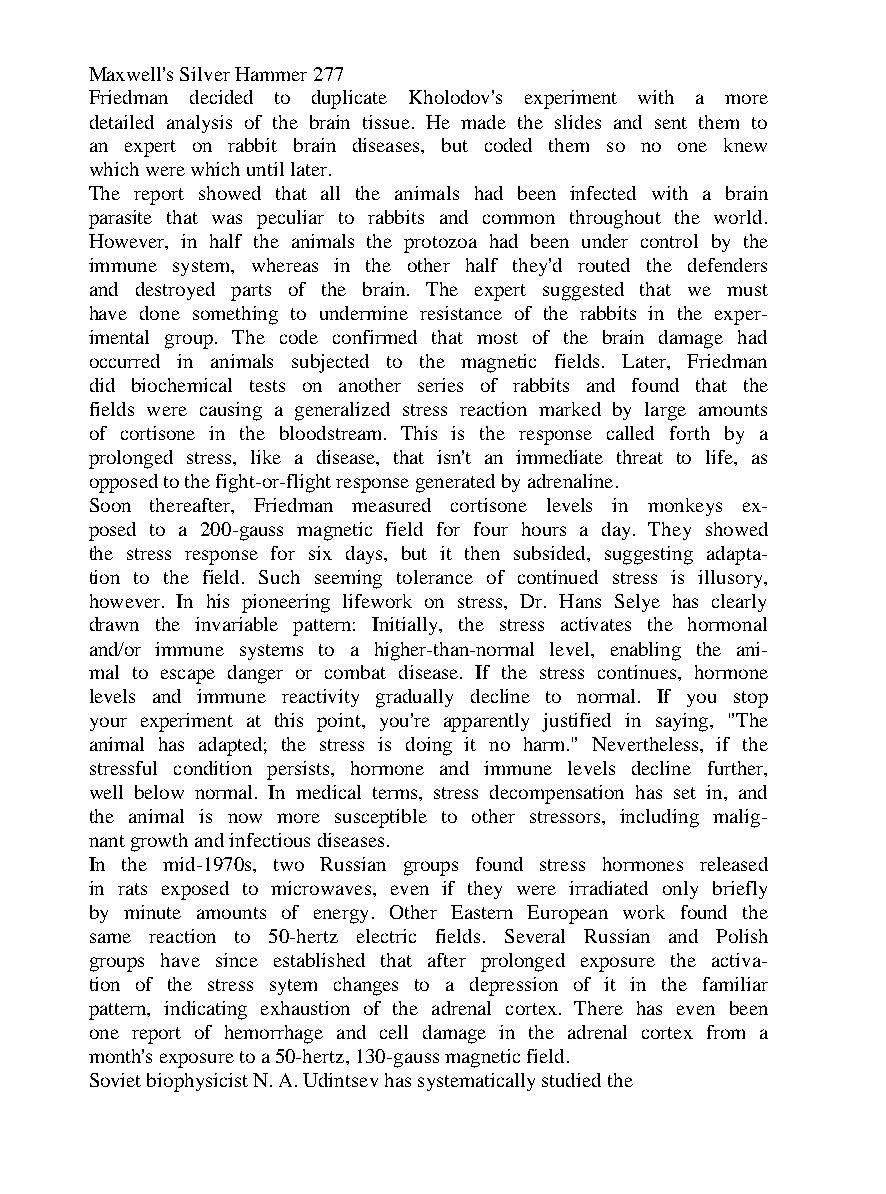
Maxwell's Silver Hammer 277
 Friedman decided to duplicate Kholodov's experiment with a more
 detailed analysis of the brain tissue. He made the slides and sent them to
 an expert on rabbit brain diseases, but coded them so no one knew
 which were which until later.
 The report showed that all the animals had been infected with a brain
 parasite that was peculiar to rabbits and common throughout the world.
 However, in half the animals the protozoa had been under control by the
 immune system, whereas in the other half they'd routed the defenders
 and destroyed parts of the brain. The expert suggested that we must
 have done something to undermine resistance of the rabbits in the exper-
 imental group. The code confirmed that most of the brain damage had
 occurred in animals subjected to the magnetic fields. Later, Friedman
 did biochemical tests on another series of rabbits and found that the
 fields were causing a generalized stress reaction marked by large amounts
 of cortisone in the bloodstream. This is the response called forth by a
 prolonged stress, like a disease, that isn't an immediate threat to life, as
 opposed to the fight-or-flight response generated by adrenaline.
 Soon thereafter, Friedman measured cortisone levels in monkeys ex-
 posed to a 200-gauss magnetic field for four hours a day. They showed
 the stress response for six days, but it then subsided, suggesting adapta-
 tion to the field. Such seeming tolerance of continued stress is illusory,
 however. In his pioneering lifework on stress, Dr. Hans Selye has clearly
 drawn the invariable pattern: Initially, the stress activates the hormonal
 and/or immune systems to a higher-than-normal level, enabling the ani-
 mal to escape danger or combat disease. If the stress continues, hormone
 levels and immune reactivity gradually decline to normal. If you stop
 your experiment at this point, you're apparently justified in saying, "The
 animal has adapted; the stress is doing it no harm." Nevertheless, if the
 stressful condition persists, hormone and immune levels decline further,
 well below normal. In medical terms, stress decompensation has set in, and
 the animal is now more susceptible to other stressors, including malig-
 nant growth and infectious diseases.
 In the mid-1970s, two Russian groups found stress hormones released
 in rats exposed to microwaves, even if they were irradiated only briefly
 by minute amounts of energy. Other Eastern European work found the
 same reaction to 50-hertz electric fields. Several Russian and Polish
 groups have since established that after prolonged exposure the activa-
 tion of the stress sytem changes to a depression of it in the familiar
 pattern, indicating exhaustion of the adrenal cortex. There has even been
 one report of hemorrhage and cell damage in the adrenal cortex from a
 month's exposure to a 50-hertz, 130-gauss magnetic field.
 Soviet biophysicist N. A. Udintsev has systematically studied the